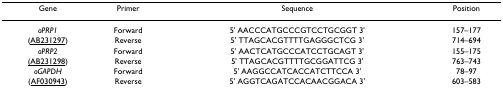
<table><thead><tr><td><b>Gene</b></td><td><b>Primer</b></td><td><b>Sequence</b></td><td><b>Position</b></td></tr></thead><tbody><tr><td><i>oPRP1</i></td><td>Forward</td><td>5&#x27; AACCCATGCCCGTCCTGCGGT 3&#x27;</td><td>157–177</td></tr><tr><td>(AB231297)</td><td>Reverse</td><td>5&#x27; TTAGCACGTTTTGAGGGCTCG 3&#x27;</td><td>714–694</td></tr><tr><td><i>oPRP2</i></td><td>Forward</td><td>5&#x27; AACTCATGCCCATCCTGCAGT 3&#x27;</td><td>155–175</td></tr><tr><td>(AB231298)</td><td>Reverse</td><td>5&#x27; TTAGCACGTTTTGCGGATTCG 3&#x27;</td><td>763–743</td></tr><tr><td><i>oGAPDH</i></td><td>Forward</td><td>5&#x27; AAGGCCATCACCATCTTCCA 3&#x27;</td><td>78–97</td></tr><tr><td>(AF030943)</td><td>Reverse</td><td>5&#x27; AGGTCAGATCCACAACGGACA 3&#x27;</td><td>603–583</td></tr></tbody></table>